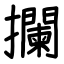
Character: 攔